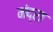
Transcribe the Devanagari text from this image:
मंद्रा